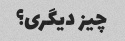
چیز دیگری؟